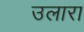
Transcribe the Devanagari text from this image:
उलारा